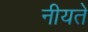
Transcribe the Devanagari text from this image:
नीयते